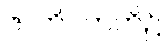
ဇာတိပကတိ၌